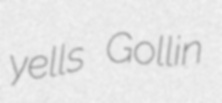
yells Gollin